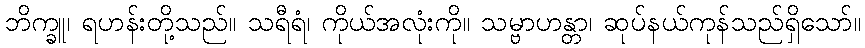
ဘိက္ခူ၊ ရဟန်းတို့သည်။ သရီရံ၊ ကိုယ်အလုံးကို။ သမ္ဗာဟန္တာ၊ ဆုပ်နယ်ကုန်သည်ရှိသော်။